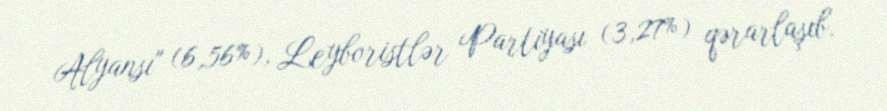
Alyansı" (6,56%), Leyboristlər Partiyası (3,27%) qərarlaşıb.